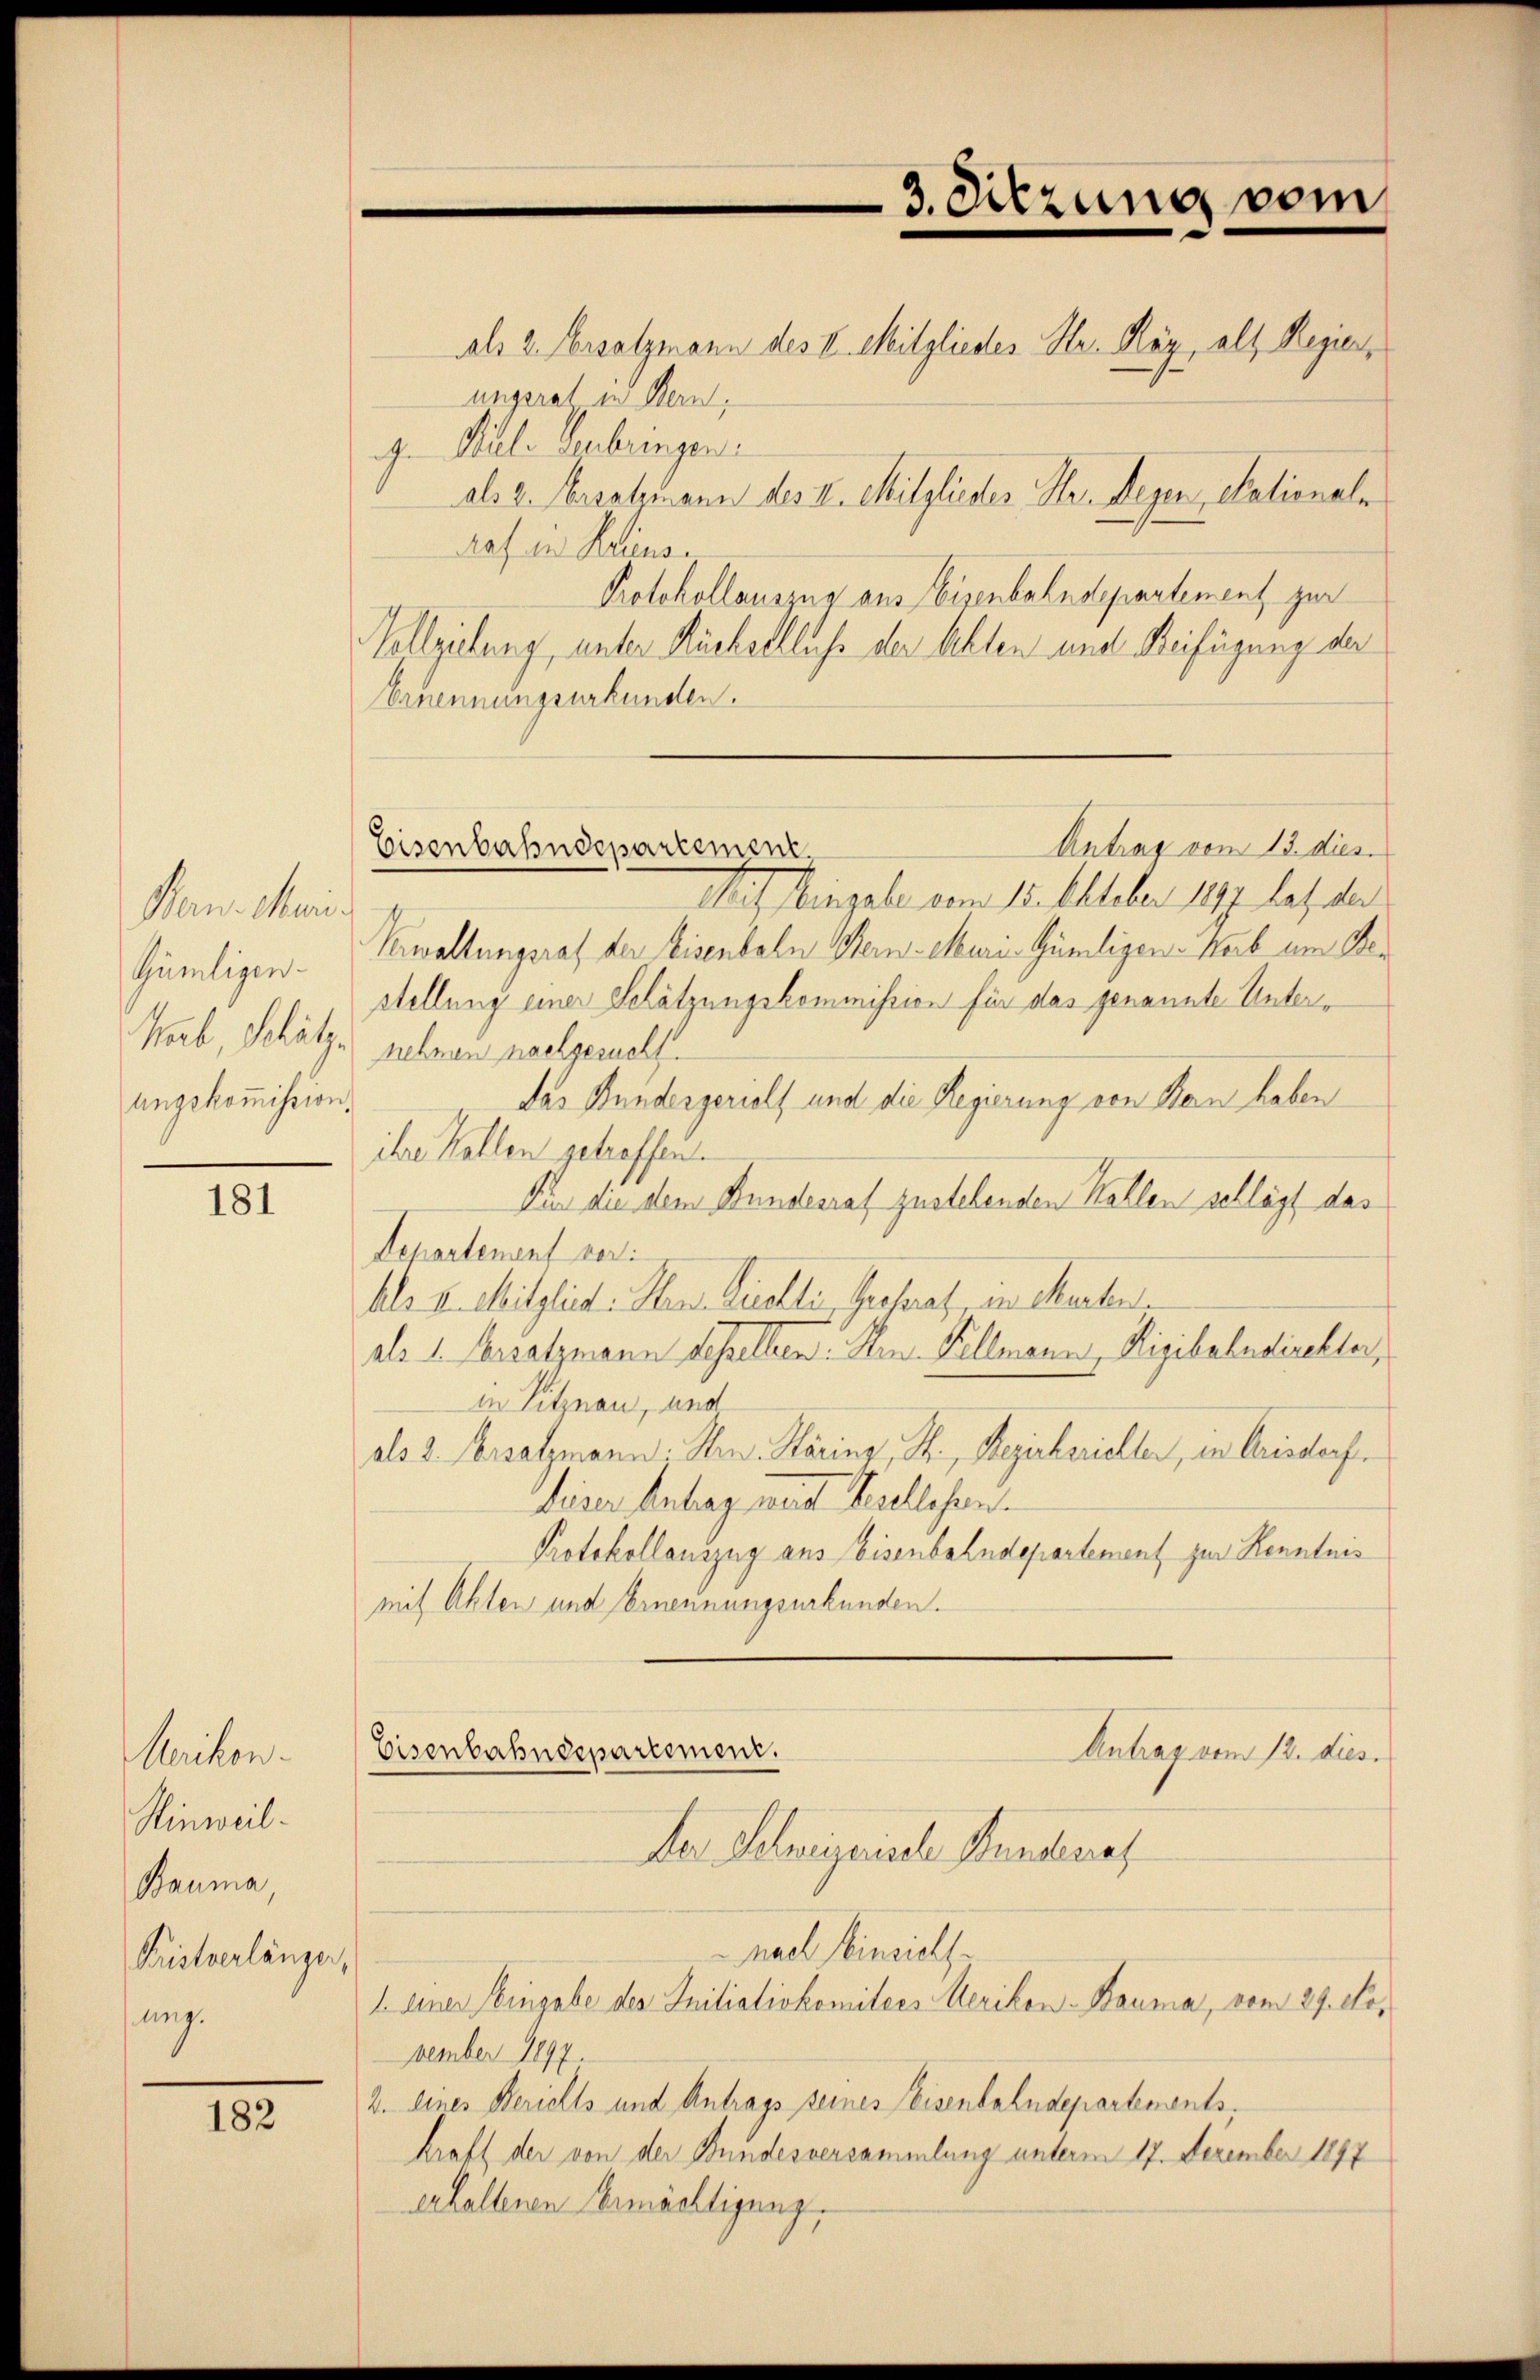
Bern. Mai.
Gümligen.
Mab, Schätzungskommission.

181

Ariken.
Hinweil.
Bauma,
Kristverlänger,
ung.

182

ungsrat in Bern,
d. Kelle Verbringen.
raf in Reliens
Protokollauszug aus Eisenbahndepartement zur
Vollziehung, unter Rückschluß der Akten und Beifügung der
Ernennungsurkunden.
Mit Eingabe vom 15. Oktober 1894 las der
Verwaltungsrat der Eisenbahn Stern-euri-Gümligen - Weib um Bestellung einer Schätzungskommission für das genannte Unternehmen nachgesucht.
das Bundergeriels und die Regierung von Bern haben
ihre Kallen getroffen.
Sin die dem Bundesrat zustehenden Kollen schlägt das
Departement vor:
hls u. Mitglied: Sten. Bichli, Geestrat in Manten
als 1. Ersatzmann desselben: Ven. Kellmann, Rigibahndirektor,
in Sitznau, und
als 2. Ersatzmann Hrn. Härins, S., Bezirkerieller, in Crisdorf,
fiser Antrag mit Kielesen.
Protokollauszug aus Eisenbahndepartement zur Kenntnis
mit Akten und Ernennungsurkunden.
Eisenbahndepartement.
Antrag vom 12. dies
Der Schweizerische Stundenat
nach Einsichte
1. einer Eingabe des Initiativkomitees Merikon-Bauma, vom 29. November 1897.
2. eines Berichts und Antrags seines Weisenbahndepartements.
kraft der von der Bundesversammlung unterm 17. Dezember 1897
erhaltenen Ermächtigung

als 2. Ersatzmann des II. Mitglieder Hr. May, als Regier,

Antrag vom 13. dies
Eisenbahndepartement.

3. Sitzung vom

als 2. Versatzmann des II. Mitglieder Hr. Regen, Stationale